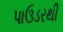
પાઉડરથી